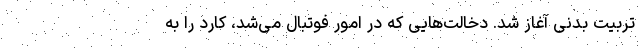
تربیت بدنی آغاز شد. دخالت‌هایی که در امور فوتبال می‌شد، کارد را به